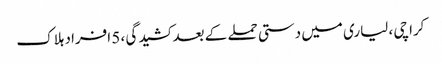
کراچی ، لیاری میں دستی حملے کے بعد کشیدگی ، 5 افراد ہلاک